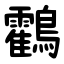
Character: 鸖